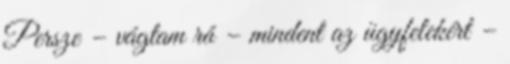
Persze – vágtam rá – mindent az ügyfelekért –